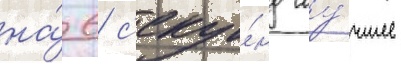
на́ 6 с'еку́нд лу́чшее